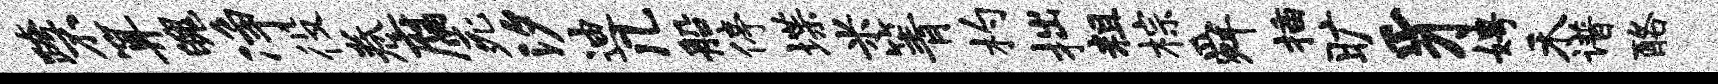
跨不算魄净役卷腐死汐迪几船停堞米箐杓拙粗棕舜插旷豸娉禾谱酪